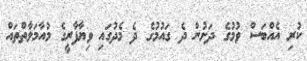
ކުރި އެއްބަސް ވުމުގެ ދަށުން ދެ ގައުމުގެ ދެ މެދުގައި ވިޔާފާރީގެ މުއާމަލާތްތައް